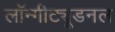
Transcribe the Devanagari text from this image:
लॉन्गीट्यूडनल